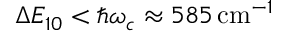
\Delta E _ { 1 0 } < \hbar \omega _ { c } \approx 5 8 5 \, \mathrm { c m } ^ { - 1 }